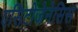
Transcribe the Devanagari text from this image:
एसिटोजेनेसिस